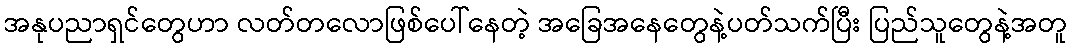
အနုပညာရှင်တွေဟာ လတ်တလောဖြစ်ပေါ်နေတဲ့ အခြေအနေတွေနဲ့ပတ်သက်ပြီး ပြည်သူတွေနဲ့အတူ